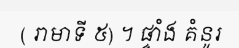
( រាមាទី ៥) ។ ផ្ទាំង គំនូរ